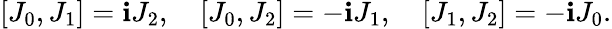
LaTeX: \left[J_{0},J_{1}\right]=\mathbf{i}J_{2},\quad\left[J_{0},J_{2}\right]=-\mathbf{i}J_{1},\quad\left[J_{1},J_{2}\right]=-\mathbf{i}J_{0}.